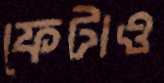
ফেটাও